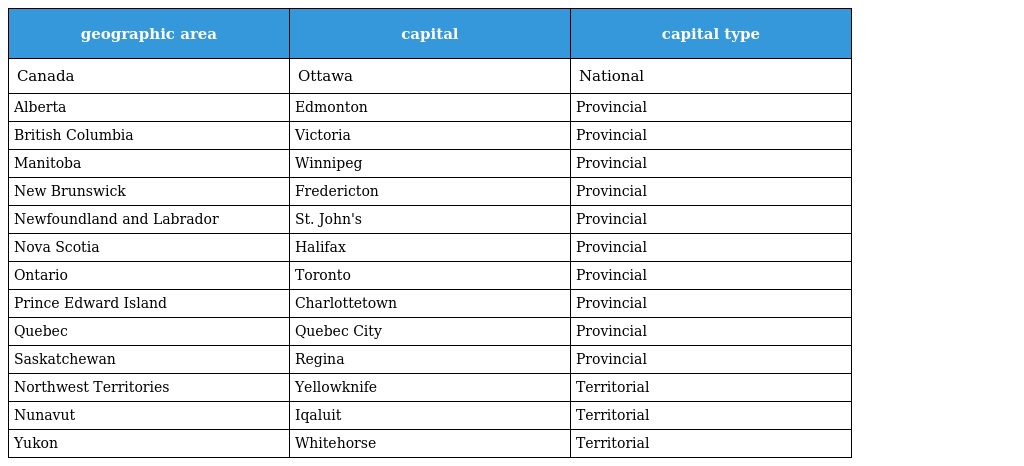
| geographic area | capital | capital type |
 | --- | --- | --- |
 | Canada | Ottawa | National |
 | Alberta | Edmonton | Provincial |
 | British Columbia | Victoria | Provincial |
 | Manitoba | Winnipeg | Provincial |
 | New Brunswick | Fredericton | Provincial |
 | Newfoundland and Labrador | St. John's | Provincial |
 | Nova Scotia | Halifax | Provincial |
 | Ontario | Toronto | Provincial |
 | Prince Edward Island | Charlottetown | Provincial |
 | Quebec | Quebec City | Provincial |
 | Saskatchewan | Regina | Provincial |
 | Northwest Territories | Yellowknife | Territorial |
 | Nunavut | Iqaluit | Territorial |
 | Yukon | Whitehorse | Territorial |